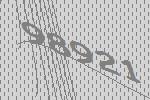
98921